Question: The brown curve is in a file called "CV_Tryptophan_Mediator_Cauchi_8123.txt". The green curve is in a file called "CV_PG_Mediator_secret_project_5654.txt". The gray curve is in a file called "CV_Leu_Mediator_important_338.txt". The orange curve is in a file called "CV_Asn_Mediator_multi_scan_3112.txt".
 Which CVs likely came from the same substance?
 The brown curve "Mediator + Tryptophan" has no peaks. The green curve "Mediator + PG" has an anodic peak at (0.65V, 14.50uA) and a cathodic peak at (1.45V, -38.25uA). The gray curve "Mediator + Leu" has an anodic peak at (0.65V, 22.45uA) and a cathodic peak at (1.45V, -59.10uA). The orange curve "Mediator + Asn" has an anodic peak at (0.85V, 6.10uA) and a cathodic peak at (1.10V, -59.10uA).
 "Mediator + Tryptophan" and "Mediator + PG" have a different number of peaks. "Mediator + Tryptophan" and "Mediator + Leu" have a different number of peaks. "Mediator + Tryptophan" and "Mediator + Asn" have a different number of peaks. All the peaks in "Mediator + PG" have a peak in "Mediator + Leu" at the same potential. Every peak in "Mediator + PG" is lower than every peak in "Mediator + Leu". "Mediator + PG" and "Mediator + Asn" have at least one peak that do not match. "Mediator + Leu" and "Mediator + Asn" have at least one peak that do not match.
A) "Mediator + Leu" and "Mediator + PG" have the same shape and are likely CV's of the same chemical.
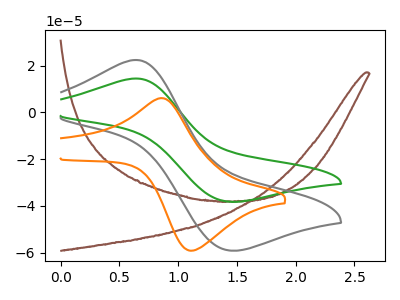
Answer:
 <answer>A) "Mediator + Leu" and "Mediator + PG" have the same shape and are likely CV's of the same chemical.</answer>
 <eval>A</eval>